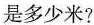
是多少米?